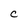
Character: C